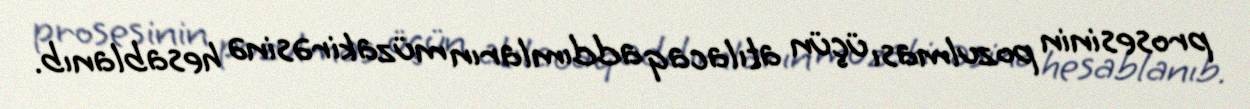
prosesinin pozulması üçün atılacaq addımların müzakirəsinə hesablanıb.